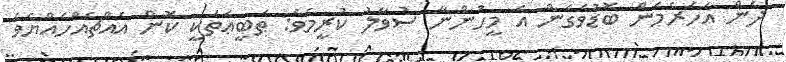
ދެން އަހަރެމެން ބޮޑުވެގެން އެ މީހުންނާ ސުވާލު ކުރީމެވެ: ޠަބީޢަތަކީ ކޮން އެއްޗެއްހެއްޔެވެ